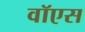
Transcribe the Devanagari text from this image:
वॉएस